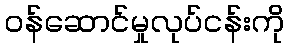
ဝန်ဆောင်မှုလုပ်ငန်းကို